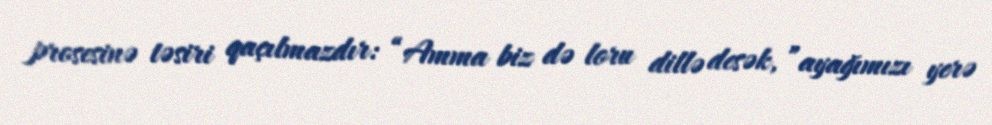
prosesinə təsiri qaçılmazdır: “Amma biz də loru dillə desək, ”ayağımızı yerə